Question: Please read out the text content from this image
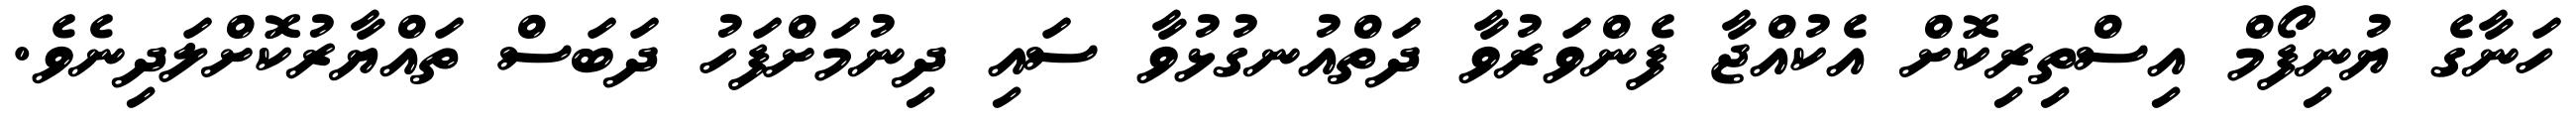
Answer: ހަނާގެ ޔުނިފޯމް އިސްތިރިކޮށް އެކުއްޖާ ފެންވަރުވާ ދަތްއުނގުޅުވާ ސައި ދިނުމަށްފަހު ދަބަސް ތައްޔާރުކޮށްލަދިނެވެ.